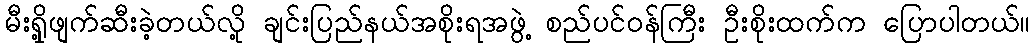
မီးရှို့ဖျက်ဆီးခဲ့တယ်လို့ ချင်းပြည်နယ်အစိုးရအဖွဲ့ စည်ပင်ဝန်ကြီး ဦးစိုးထက်က ပြောပါတယ်။